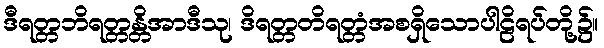
ဒီရတ္တဘိရတ္တန္တိအာဒီသု၊ ဒိရတ္တတိရတ္တံအစရှိသောပါဠိရပ်တို့၌။